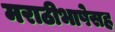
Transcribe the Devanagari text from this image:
मराठीभाषेसह